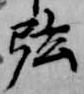
弦